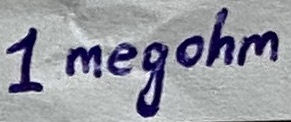
Text: 1megohm